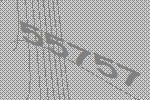
55757